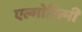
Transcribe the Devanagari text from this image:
एल्गोरित्मी